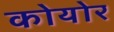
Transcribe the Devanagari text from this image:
कोयोर